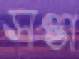
সপ্তা